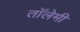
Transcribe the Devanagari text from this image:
तॉलेमी